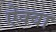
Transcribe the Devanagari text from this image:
ऐक्वा